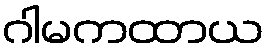
ဂါမကထာယ